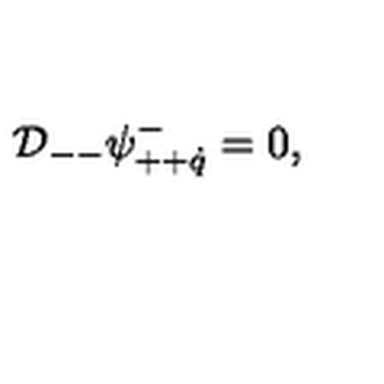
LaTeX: { \cal D } _ { -- } \psi _ { + + \dot { q } } ^ { - } = 0 ,